[Report on the health of British troops in the Madras command]
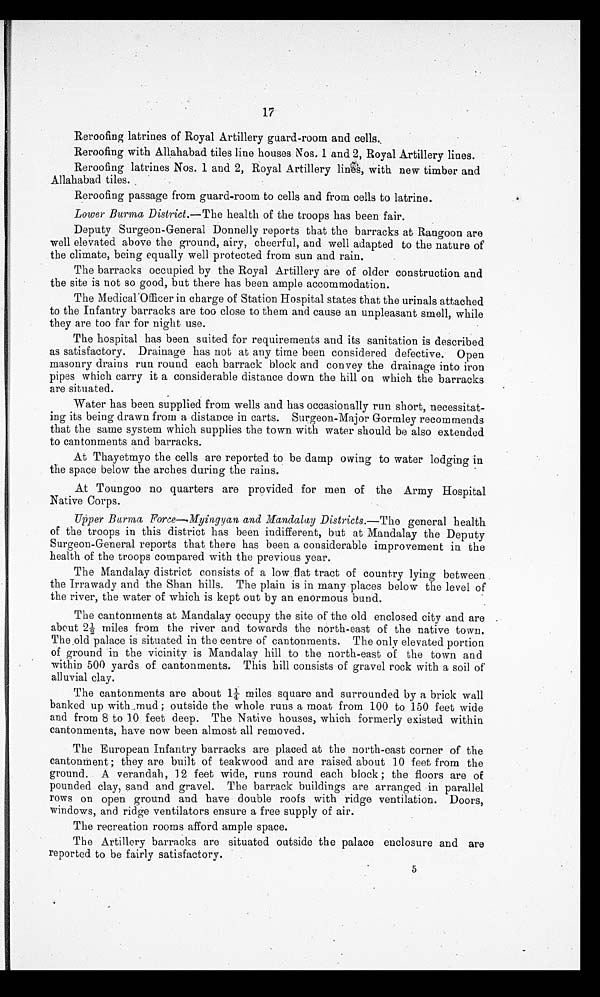
17
Reroofing latrines of Royal Artillery guard-room and cells.
Reroofing with Allahabad tiles line houses Nos. 1 and 2, Royal Artillery lines.
Reroofing latrines Nos. 1 and 2, Royal Artillery lines, with new timber and
Allahabad tiles.
Reroofing passage from guard-room to cells and from cells to latrine.
Lower Burma District .—The health of the troops has been fair.
Deputy Surgeon-General Donnelly reports that the barracks at Rangoon are
well elevated above the ground, airy, cheerful, and well adapted to the nature of
the climate, being equally well protected from sun and rain.
The barracks occupied by the Royal Artillery are of older construction and
the site is not so good, but there has been ample accommodation.
The Medical Officer in charge of Station Hospital states that the urinals attached
to the Infantry barracks are too close to them and cause an unpleasant smell, while
they are too far for night use.
The hospital has been suited for requirements and its sanitation is described
as satisfactory. Drainage has not at any time been considered defective. Open
masonry drains run round each barrack block and convey the drainage into iron
pipes which carry it a considerable distance down the hill on which the barracks
are situated.
Water has been supplied from wells and has occasionally run short, necessitat-
ing its being drawn from a distance in carts. Surgeon-Major Gormley recommends
that the same system which supplies the town with water should be also extended
to cantonments and barracks.
At Thayetmyo the cells are reported to be damp owing to water lodging in
the space below the arches during the rains.
At Toungoo no quarters are provided for men of the Army Hospital
Native Corps.
Upper Burma Force — Myingyan and Mandalay Districts .—The general health
of the troops in this district has been indifferent, but at Mandalay the Deputy
Surgeon-General reports that there has been a considerable improvement in the
health of the troops compared with the previous year.
The Mandalay district consists of a low flat tract of country lying between
the Irrawady and the Shan hills. The plain is in many places below the level of
the river, the water of which is kept out by an enormous bund.
The cantonments at Mandalay occupy the site of the old enclosed city and are
about 2½ miles from the river and towards the north-east of the native town.
The .old palace is situated in the centre of cantonments. The only elevated portion
of ground in the vicinity is Mandalay hill to the north-east of the town and
within 500 yards of cantonments. This hill consists of gravel rock with a soil of
alluvial clay.
The cantonments are about 1¼ miles square and surrounded by a brick wall
banked up with mud ; outside the whole runs a moat from 100 to 150 feet wide
and from 8 to 10 feet deep. The Native houses, which formerly existed within
cantonments, have now been almost all removed.
The European Infantry barracks are placed at the north-east corner of the
cantonment; they are built of teakwood and are raised about 10 feet from the
ground. A verandah, 12 feet wide, runs round each block ; the floors are of
pounded clay, sand and gravel. The barrack buildings are arranged in parallel
rows on open ground and have double roofs with ridge ventilation. Doors,
windows, and ridge ventilators ensure a free supply of air.
The recreation rooms afford ample space.
The Artillery barracks are situated outside the palace enclosure and are
reported to be fairly satisfactory.
5